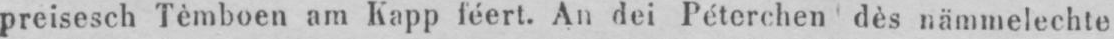
preisesch Tèmboen am Kapp féert. An dei Péterchen dès nämmelechte